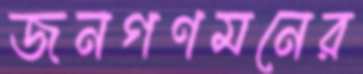
জনগণমনের